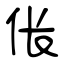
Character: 伥